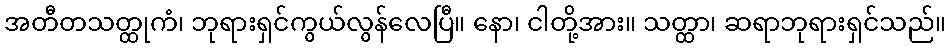
အတီတသတ္ထုကံ၊ ဘုရားရှင်ကွယ်လွန်လေပြီ။ နော၊ ငါတို့အား။ သတ္ထာ၊ ဆရာဘုရားရှင်သည်။